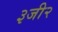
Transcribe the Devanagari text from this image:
३जी२